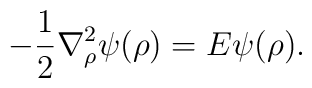
-\frac{1}{2}{\bf \nabla}^2_{\rho}\psi(\rho) = E \psi(\rho).